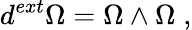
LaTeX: d^{ext}\Omega=\Omega\wedge\Omega\; ,